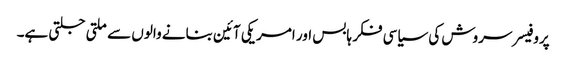
پروفیسر سروش کی سیاسی فکر ہابس اور امریکی آئین بنانے والوں سے ملتی جلتی ہے۔